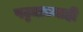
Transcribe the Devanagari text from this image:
पट्ट्याच्याही